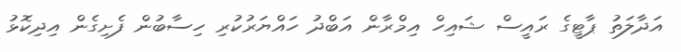
އަދާލަތު ޕާޓީގެ ރައީސް ޝައިހް އިމްރާން އަބްދު ހައްޔަރުކުރި ހިސާބުން ފެށިގެން އިދިކޮޅު